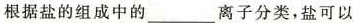
根据盐的组成中的___离子分类，盐可以